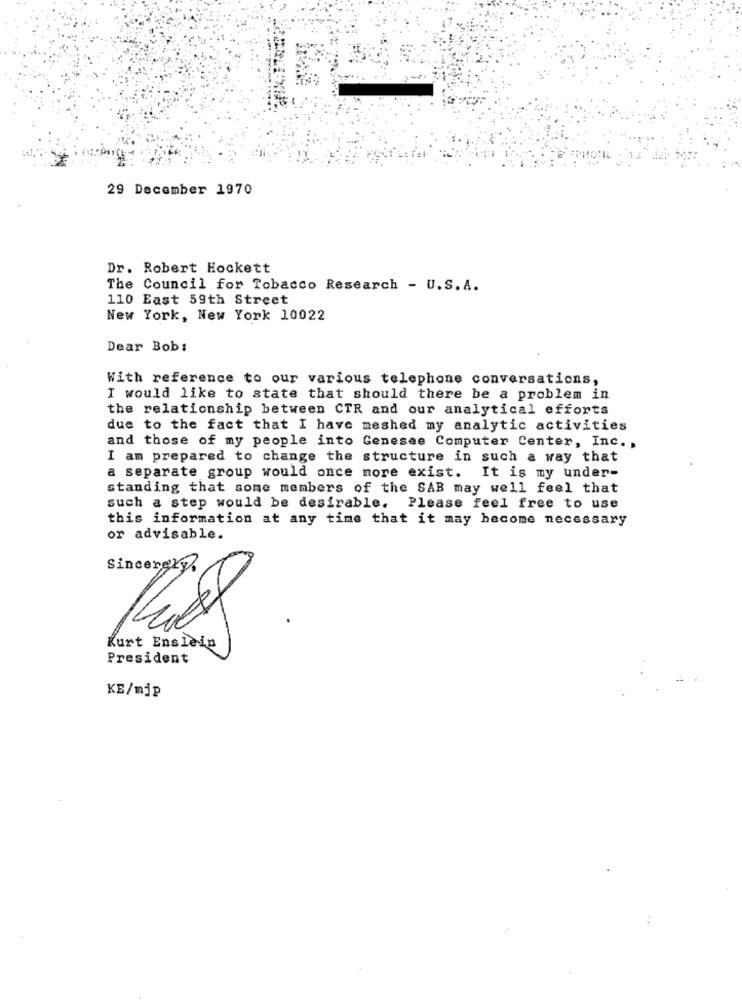
29 December 1970
Dr. Robert Hockett
The Council for Tobacco Research - U.S. A.
110 East 59th Street
New York, New York 10022
Dear Bob:
With reference to our various telephone conversations,
I would like to state that should there be a problem in
the relationship between CTR and our analytical efforts
due to the fact that I have meshed my analytic activities
and those of my people into Genesee Computer Center, Inc. ,
I am prepared to change the structure in such a way that
a separate group would once more exist. It is my under-
standing that some members of the SAB may well feel that
such a step would be desirable. Please feel free to use
this information at any time that it may become necessary
or advisable.
Sincerely
Kurt Enslein
President
KE/mjp